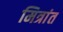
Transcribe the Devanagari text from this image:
मित्रांत